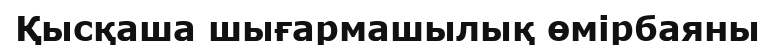
Қысқаша шығармашылық өмірбаяны